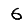
Digit: 6